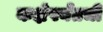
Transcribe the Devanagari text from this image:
कक्षेपर्यंतची